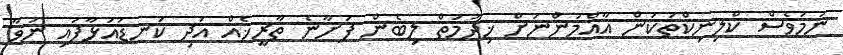
ނަމަވެސް ކްލިނިކްތަކުން އާއްމުންނަށް ޚިދުމަތް ލިބެން ފަށާނެ ތާރީޚެއް އަދި ކަނޑައަޅާފައި ނުވާ